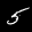
Label: 5